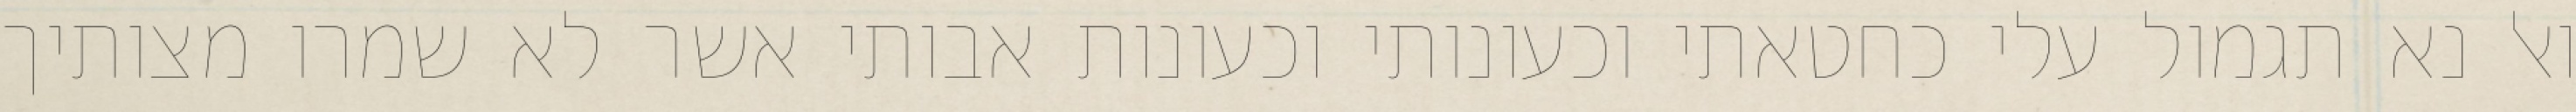
ואל נא תגמול עלי כחטאתי וכעונותי וכעונות אבותי אשר לא שמרו מצותיך